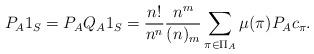
LaTeX: \begin{align*} P_A 1_S = P_A Q_A 1_S = \frac{n!}{n^n} \frac{n^m}{(n)_m} \sum_{\pi \in \Pi_A} \mu(\pi) P_A c_\pi. \end{align*}